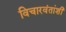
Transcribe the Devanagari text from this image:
विचारवंतांशी